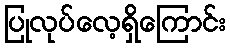
ပြုလုပ်လေ့ရှိကြောင်း